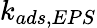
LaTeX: k_{ads,EPS}